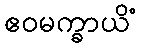
ဧဝမက္ခာယိံ